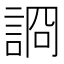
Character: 𧨝